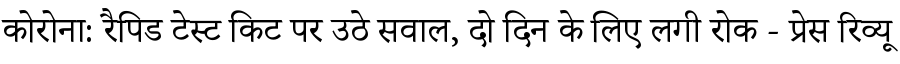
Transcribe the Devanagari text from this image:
कोरोना: रैपिड टेस्ट किट पर उठे सवाल, दो दिन के लिए लगी रोक - प्रेस रिव्यू